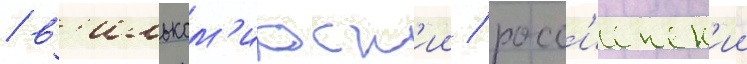
/ в'ильком'ирск'ии / росс'иенск'ии